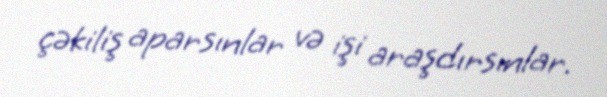
çəkiliş aparsınlar və işi araşdırsınlar.